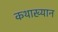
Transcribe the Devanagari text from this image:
कथाख्यान